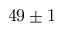
4 9 \pm 1